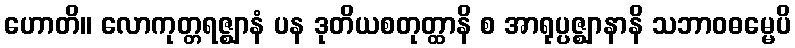
ဟောတိ။ လောကုတ္တရဇ္ဈာနံ ပန ဒုတိယစတုတ္ထာနိ စ အာရုပ္ပဇ္ဈာနာနိ သဘာဝဓမ္မေပိ